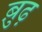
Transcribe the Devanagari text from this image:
बु़ढ़